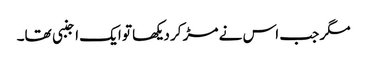
مگر جب اس نے مڑ کر دیکھا تو ایک اجنبی تھا۔